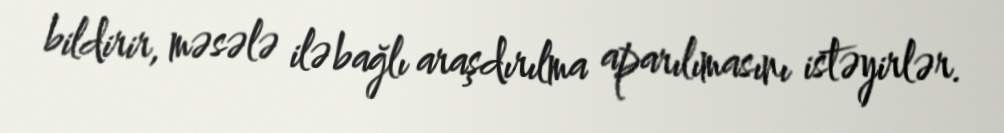
bildirir, məsələ ilə bağlı araşdırılma aparılımasını istəyirlər.